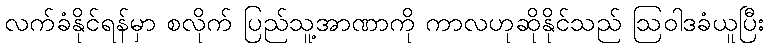
လက်ခံနိုင်ရန်မှာ စလိုက် ပြည်သူ့အာဏာကို ကာလဟုဆိုနိုင်သည် ဩဝါဒခံယူပြီး